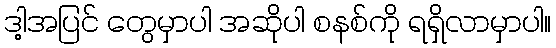
ဒါ့အပြင် တွေမှာပါ အဆိုပါ စနစ်ကို ရရှိလာမှာပါ။